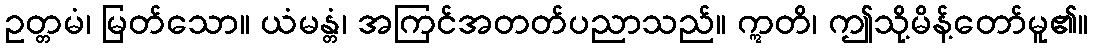
ဥတ္တမံ၊ မြတ်သော။ ယံမန္တံ၊ အကြင်အတတ်ပညာသည်။ ဣတိ၊ ဤသို့မိန့်တော်မူ၏။